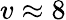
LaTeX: v\approx 8